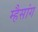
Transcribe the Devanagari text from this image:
म्हैसांग